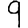
Digit: 9